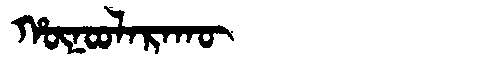
Manchu: ᡥᡡᠨᠣᠣᠯᠠᡵᠠᡴᡡ
Romanization: HŪNOOLARAKŪ